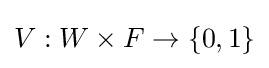
V:W\times F\to \{0,1\}